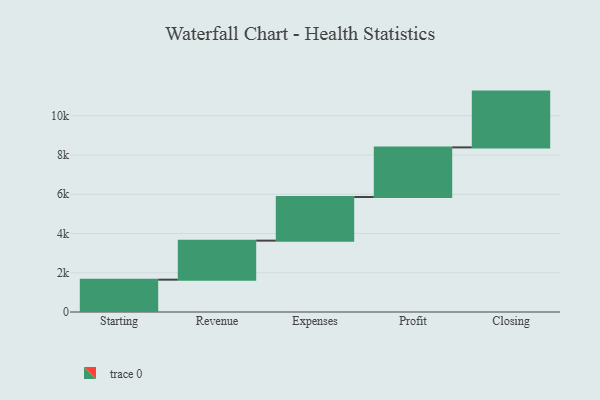
{"axis": {"x": "Step", "y": "Value"}, "legend": [""], "data": [{"x": "Starting", "y": 1648.0, "type": ""}, {"x": "Revenue", "y": 1990.0, "type": ""}, {"x": "Expenses", "y": 2224.0, "type": ""}, {"x": "Profit", "y": 2529.0, "type": ""}, {"x": "Closing", "y": 2843.0, "type": ""}]}